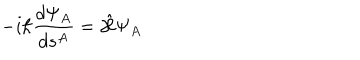
- i \hbar \frac { d \Psi _ { A } } { d s ^ { A } } = \hat { \cal H } \Psi _ { A }